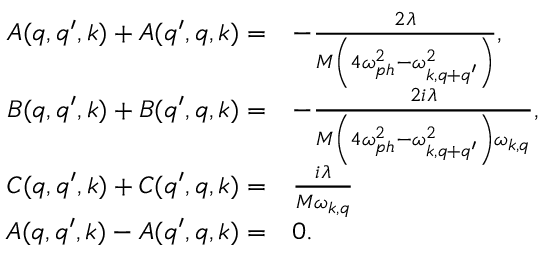
\begin{array} { r l } { A ( q , q ^ { \prime } , k ) + A ( q ^ { \prime } , q , k ) = } & { - \frac { 2 \lambda } { M \left( 4 \omega _ { p h } ^ { 2 } - \omega _ { k , q + q ^ { \prime } } ^ { 2 } \right) } , } \\ { B ( q , q ^ { \prime } , k ) + B ( q ^ { \prime } , q , k ) = } & { - \frac { 2 i \lambda } { M \left( 4 \omega _ { p h } ^ { 2 } - \omega _ { k , q + q ^ { \prime } } ^ { 2 } \right) \omega _ { k , q } } , } \\ { C ( q , q ^ { \prime } , k ) + C ( q ^ { \prime } , q , k ) = } & { \frac { i \lambda } { M \omega _ { k , q } } } \\ { A ( q , q ^ { \prime } , k ) - A ( q ^ { \prime } , q , k ) = } & { 0 . } \end{array}